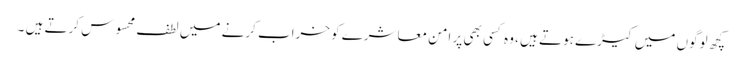
کچھ لوگوں میں کیڑے ہوتے ہیں ، وہ کسی بھی پر امن معاشرے کو خراب کرنے میں لطف محسوس کرتے ہیں ۔